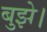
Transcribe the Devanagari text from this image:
बुझे।